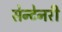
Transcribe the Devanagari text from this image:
सेन्टेनरी